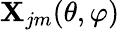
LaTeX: \mathbf{X}_{jm}(\theta,\varphi)